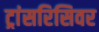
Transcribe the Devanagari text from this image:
ट्रांसरिसिवर